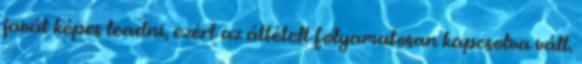
javát képes leadni, ezért az áttételt folyamatosan kapcsolva vált.